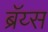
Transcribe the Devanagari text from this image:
ब्रॅय्स